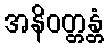
အနိဝတ္တန္တံ